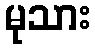
မုသား